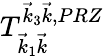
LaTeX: T_{\vec{k}_{1}\vec{k}}^{\vec{k}_{3}\vec{k},PRZ}